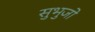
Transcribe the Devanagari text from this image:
सुभुजो